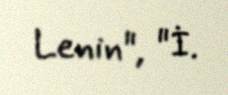
Lenin", "İ.